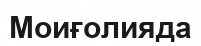
Моиғолияда